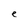
Character: e